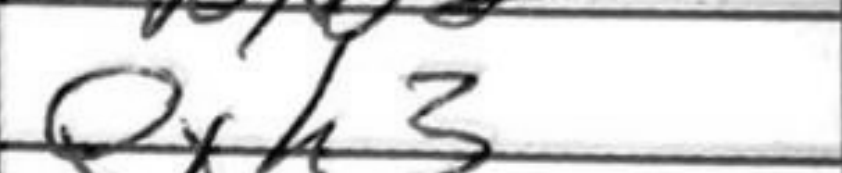
Transcription: Qxh3